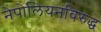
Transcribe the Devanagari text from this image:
नेपोलियनविरुद्ध